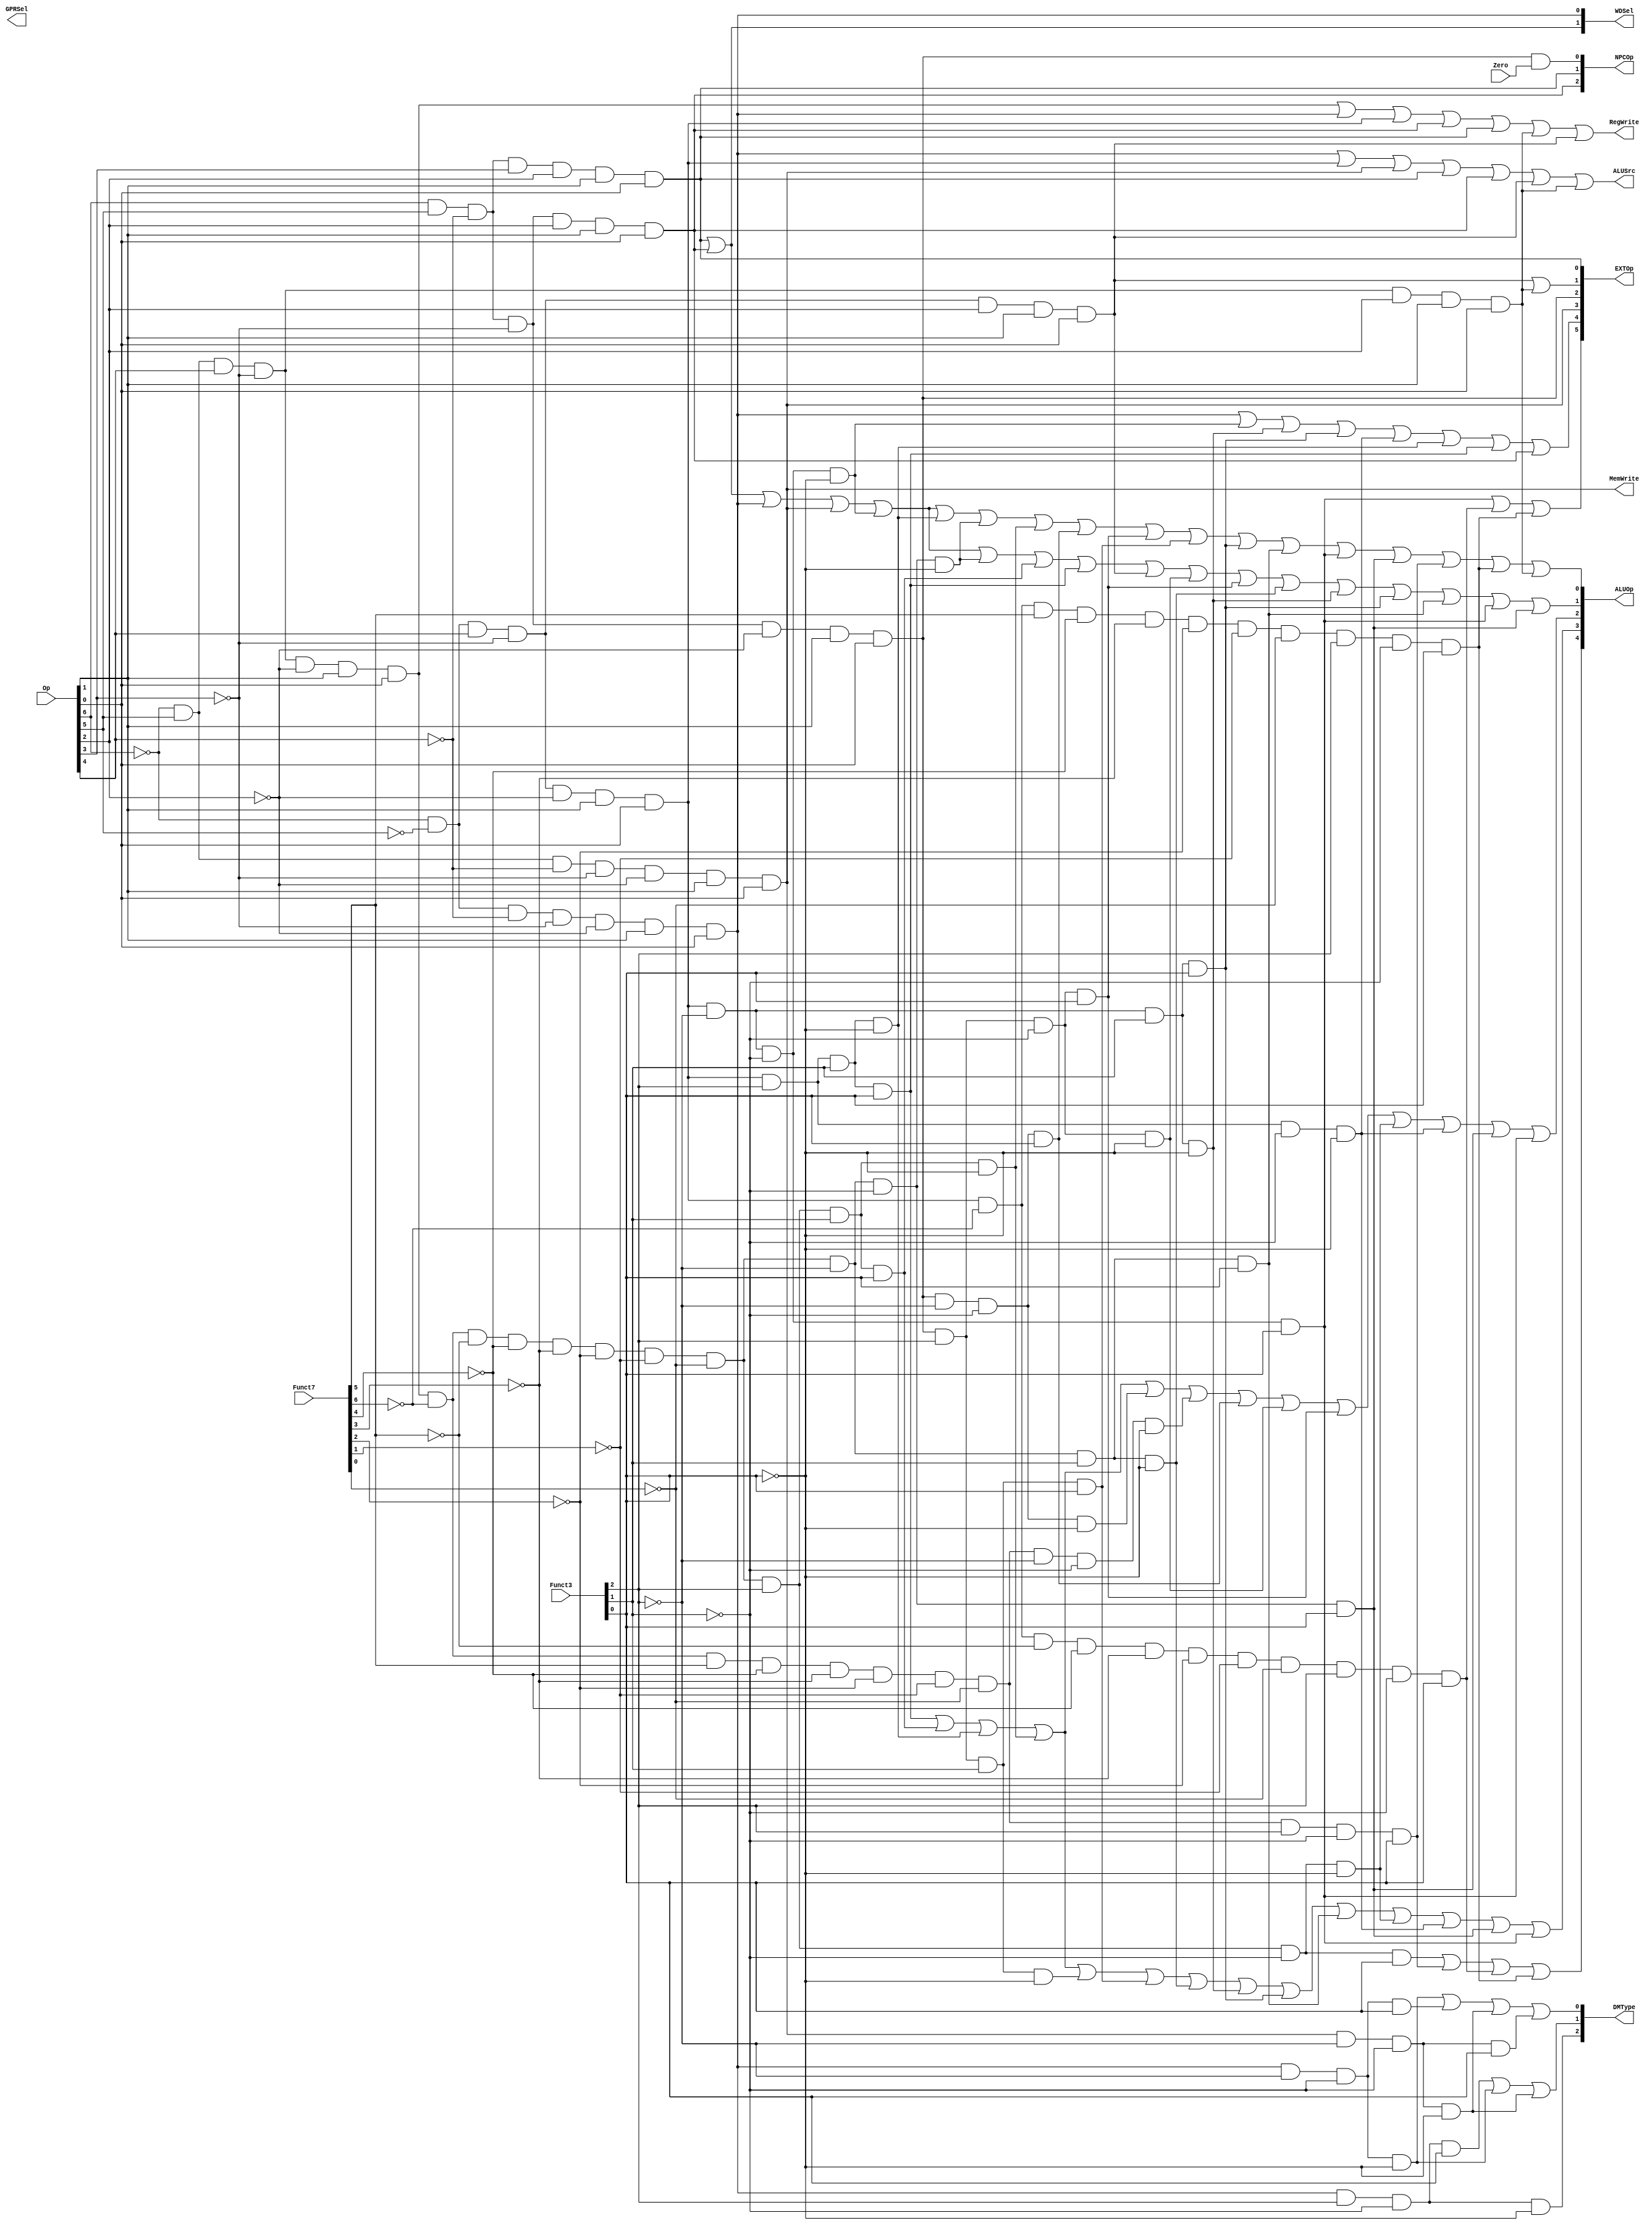
module ctrl(
   input  [6:0] Op,        // 
   input  [6:0] Funct7,    // funct7
   input  [2:0] Funct3,    // funct3
   input        Zero,
   output       RegWrite,  // 
   output       MemWrite,  // 
   output [5:0] EXTOp,     // 
   output [4:0] ALUOp,     // ALU
   output [2:0] NPCOp,     // PC
   output       ALUSrc,    // ALUA
   output [2:0] DMType,    // 
   output [1:0] GPRSel,    // 
   output [1:0] WDSel      // 
);
   
   // R
   wire rtype = ~Op[6] & Op[5] & Op[4] & ~Op[3] & ~Op[2] & Op[1] & Op[0]; // 0110011
   wire i_add = rtype & ~Funct7[6] & ~Funct7[5] & ~Funct7[4] & ~Funct7[3] & ~Funct7[2] & ~Funct7[1] & ~Funct7[0] & ~Funct3[2] & ~Funct3[1] & ~Funct3[0]; // add 0000000 000
   wire i_sub = rtype & ~Funct7[6] & Funct7[5] & ~Funct7[4] & ~Funct7[3] & ~Funct7[2] & ~Funct7[1] & ~Funct7[0] & ~Funct3[2] & ~Funct3[1] & ~Funct3[0]; // sub 0100000 000
   wire i_or  = rtype & ~Funct7[6] & ~Funct7[5] & ~Funct7[4] & ~Funct7[3] & ~Funct7[2] & ~Funct7[1] & ~Funct7[0] & Funct3[2] & Funct3[1] & ~Funct3[0]; // or 0000000 110
   wire i_and = rtype & ~Funct7[6] & ~Funct7[5] & ~Funct7[4] & ~Funct7[3] & ~Funct7[2] & ~Funct7[1] & ~Funct7[0] & Funct3[2] & Funct3[1] & Funct3[0]; // and 0000000 111
   wire i_sll = rtype & ~Funct7[6] & ~Funct7[5] & ~Funct7[4] & ~Funct7[3] & ~Funct7[2] & ~Funct7[1] & ~Funct7[0] & ~Funct3[2] & ~Funct3[1] & Funct3[0]; // sll 0000000 001
   wire i_slt = rtype & ~Funct7[6] & ~Funct7[5] & ~Funct7[4] & ~Funct7[3] & ~Funct7[2] & ~Funct7[1] & ~Funct7[0] & ~Funct3[2] & Funct3[1] & ~Funct3[0]; // slt 0000000 010
   wire i_sltu = rtype & ~Funct7[6] & ~Funct7[5] & ~Funct7[4] & ~Funct7[3] & ~Funct7[2] & ~Funct7[1] & ~Funct7[0] & ~Funct3[2] & Funct3[1] & Funct3[0]; // sltu 0000000 011
   wire i_xor = rtype & ~Funct7[6] & ~Funct7[5] & ~Funct7[4] & ~Funct7[3] & ~Funct7[2] & ~Funct7[1] & ~Funct7[0] & Funct3[2] & ~Funct3[1] & ~Funct3[0]; // xor 0000000 100
   wire i_srl = rtype & ~Funct7[6] & ~Funct7[5] & ~Funct7[4] & ~Funct7[3] & ~Funct7[2] & ~Funct7[1] & ~Funct7[0] & Funct3[2] & ~Funct3[1] & Funct3[0]; // srl 0000000 101
   wire i_sra = rtype & ~Funct7[6] & Funct7[5] & ~Funct7[4] & ~Funct7[3] & ~Funct7[2] & ~Funct7[1] & ~Funct7[0] & Funct3[2] & ~Funct3[1] & Funct3[0]; // sra 0100000 101

   // I
   wire itype_l  = ~Op[6] & ~Op[5] & ~Op[4] & ~Op[3] & ~Op[2] & Op[1] & Op[0]; // 0000011
   wire i_lb = itype_l & ~Funct3[2] & ~Funct3[1] & ~Funct3[0];      // lb   000
   wire i_lh = itype_l & ~Funct3[2] & ~Funct3[1] & Funct3[0];       // lh   001
   wire i_lw = itype_l & ~Funct3[2] & Funct3[1] & ~Funct3[0];       // lw   010
   wire i_lbu = itype_l & Funct3[2] & ~Funct3[1] & ~Funct3[0];      // lbu  100
   wire i_lhu = itype_l & Funct3[2] & ~Funct3[1] & Funct3[0];       // lhu  101
   
   // I
   wire itype_r  = ~Op[6] & ~Op[5] & Op[4] & ~Op[3] & ~Op[2] & Op[1] & Op[0]; // 0010011
   wire i_addi = itype_r & ~Funct3[2] & ~Funct3[1] & ~Funct3[0]; // addi 000
   wire i_ori  = itype_r & Funct3[2] & Funct3[1] & ~Funct3[0];  // ori 110
   wire i_andi = itype_r & Funct3[2] & Funct3[1] & Funct3[0];   // andi 111
   wire i_xori = itype_r & Funct3[2] & ~Funct3[1] & ~Funct3[0]; // xori 100
   wire i_slti = itype_r & ~Funct3[2] & Funct3[1] & ~Funct3[0]; // slti 010
   wire i_sltiu = itype_r & ~Funct3[2] & Funct3[1] & Funct3[0]; // sltiu 011
   wire i_slli = itype_r & ~Funct3[2] & ~Funct3[1] & Funct3[0]; // slli 001
   wire i_srli = itype_r & ~Funct7[6] & ~Funct7[5] & ~Funct7[4] & ~Funct7[3] & ~Funct7[2] & ~Funct7[1] & ~Funct7[0] & Funct3[2] & ~Funct3[1] & Funct3[0]; // srli 0000000 101
   wire i_srai = itype_r & ~Funct7[6] & Funct7[5] & ~Funct7[4] & ~Funct7[3] & ~Funct7[2] & ~Funct7[1] & ~Funct7[0] & Funct3[2] & ~Funct3[1] & Funct3[0]; // srai 0100000 101

   wire i_jalr =Op[6]&Op[5]&~Op[4]&~Op[3]&Op[2]&Op[1]&Op[0];//jalr 1100111
   
   // S
   wire stype = ~Op[6] & Op[5] & ~Op[4] & ~Op[3] & ~Op[2] & Op[1] & Op[0]; // 0100011
   wire i_sw  = stype & ~Funct3[2] & Funct3[1] & ~Funct3[0]; // sw 010
   wire i_sh  = stype & ~Funct3[2] & ~Funct3[1] & Funct3[0]; // sh 001
   wire i_sb  = stype & ~Funct3[2] & ~Funct3[1] & ~Funct3[0]; // sb 000	

   // SB
   wire sbtype  = Op[6] & Op[5] & ~Op[4] & ~Op[3] & ~Op[2] & Op[1] & Op[0]; // 1100011
   wire i_beq  = sbtype & ~Funct3[2] & ~Funct3[1] & ~Funct3[0]; // beq
   wire i_bne  = sbtype & ~Funct3[2] & ~Funct3[1] & Funct3[0]; // bne
   wire i_blt  = sbtype & Funct3[2] & ~Funct3[1] & ~Funct3[0]; // blt
   wire i_bge  = sbtype & Funct3[2] & ~Funct3[1] & Funct3[0]; // bge
   wire i_bltu = sbtype & Funct3[2] & Funct3[1] & ~Funct3[0]; // bltu
   wire i_bgeu = sbtype & Funct3[2] & Funct3[1] & Funct3[0]; // bgeu
   
   // J
   wire i_jal  = Op[6] & Op[5] & ~Op[4] & Op[3] & Op[2] & Op[1] & Op[0];  // jal 1101111
   wire i_auipc = ~Op[6] & ~Op[5] & Op[4] & ~Op[3] & Op[2] & Op[1] & Op[0];
   wire i_lui = ~Op[6] & Op[5] & Op[4] & ~Op[3] & Op[2] & Op[1] & Op[0];

   // ALU
   assign RegWrite   = rtype | itype_l | itype_r | i_jalr | i_jal | i_lui | i_auipc; // 
   assign MemWrite   = stype;                           // 
   assign ALUSrc     = itype_l | itype_r | stype | i_jal | i_jalr | i_auipc | i_lui;   // ALUA

   // 
   assign EXTOp[5] = i_slli | i_srli | i_srai;
   assign EXTOp[4] = itype_l | i_addi | i_slti | i_sltiu | i_xori | i_ori | i_andi | i_jalr;
   assign EXTOp[3] = stype;
   assign EXTOp[2] = sbtype;
   assign EXTOp[1] = i_auipc | i_lui;
   assign EXTOp[0] = i_jal;

   // 
   assign DMType[0] = i_lb | i_lh | i_sb | i_sh;
   assign DMType[1] = i_lhu | i_lb | i_sb;
   assign DMType[2] = i_lbu;

   // 
   assign WDSel[0] = itype_l;
   assign WDSel[1] = i_jal | i_jalr;

   // PC
   assign NPCOp[0] = sbtype & Zero;
   assign NPCOp[1] = i_jal;
   assign NPCOp[2] = i_jalr;

   // ALU
   assign ALUOp[0] = i_jal | i_jalr | itype_l | stype | i_addi | i_ori | i_add | i_or | i_bne | i_bge | i_bgeu | i_sltiu | i_sltu | i_slli | i_sll | i_sra | i_srai | i_lui;
   assign ALUOp[1] = i_jal | i_jalr | itype_l | stype | i_addi | i_add | i_and | i_andi | i_auipc | i_blt | i_bge | i_slt | i_slti | i_sltiu | i_sltu | i_slli | i_sll;
   assign ALUOp[2] = i_andi | i_and | i_ori | i_or | i_beq | i_sub | i_bne | i_blt | i_bge | i_xor | i_xori | i_sll | i_slli;
   assign ALUOp[3] = i_andi | i_and | i_ori | i_or | i_bltu | i_bgeu | i_slt | i_slti | i_sltiu | i_sltu | i_xor | i_xori | i_sll | i_slli;
   assign ALUOp[4] = i_srl | i_sra | i_srli | i_srai;
endmodule